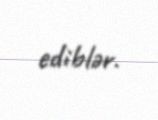
ediblər.